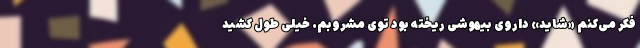
فکر می‌کنم «شاید» داروی بیهوشی ریخته بود توی مشروبم. خیلی طول کشید